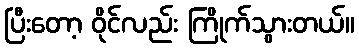
ပြီးတော့ ဝိုင်လည်း ကြိုက်သွားတယ်။